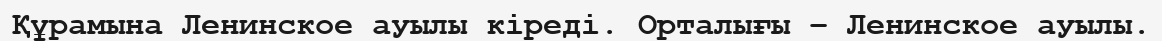
Құрамына Ленинское ауылы кіреді. Орталығы – Ленинское ауылы.